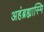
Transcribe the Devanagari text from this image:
अहंब्रह्यास्मि